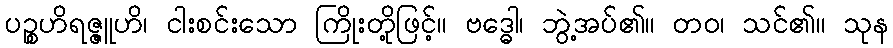
ပဉ္စဟိရဇ္ဇူဟိ၊ ငါးစင်းသော ကြိုးတို့ဖြင့်။ ဗဒ္ဓေါ၊ ဘွဲ့အပ်၏။ တဝ၊ သင်၏။ သုန